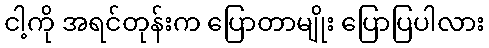
ငါ့ကို အရင်တုန်းက ပြောတာမျိုး ပြောပြပါလား